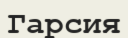
Гарсия